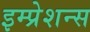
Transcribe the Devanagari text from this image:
इम्प्रेशन्स